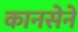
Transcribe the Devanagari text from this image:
कानसेने